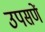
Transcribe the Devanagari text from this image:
उपसणें